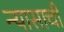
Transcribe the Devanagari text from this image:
न्यासाची